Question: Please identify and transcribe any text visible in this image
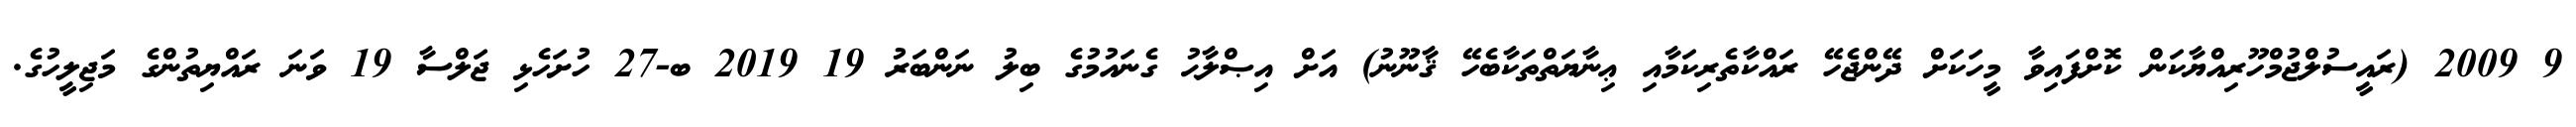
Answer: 9 2009 (ރައީސުލްޖުމްހޫރިއްޔާކަން ކޮށްފައިވާ މީހަކަށް ދޭންޖެހޭ ރައްކާތެރިކަމާއި ޢިނާޔަތްތަކާބެހޭ ޤާނޫނު) އަށް އިޞްލާޙު ގެނައުމުގެ ބިލު ނަންބަރު 19 2019 ބ-27 ހުށަހެޅި ޖަލްސާ 19 ވަނަ ރައްޔިތުންގެ މަޖިލީހުގެ.